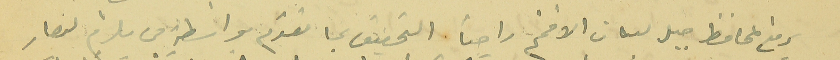
يرفع لمحافظ جبل لبنان الافخم راجياً التحقيق بما تقدم بواسَطة من يلزم ليصار